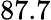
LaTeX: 87.7